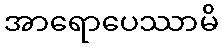
အာရောပေဿာမိ